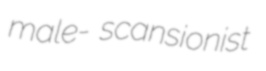
male- scansionist